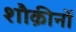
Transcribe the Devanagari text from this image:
शौक़ीनों